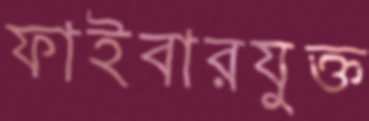
ফাইবারযুক্ত